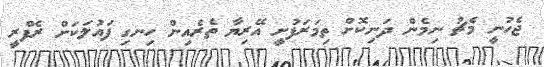
ޖެހުނީ މެޗު ނިމެން ދަނިކޮށް ތިމަރަފުށީ އޭރިޔާ ތެރެއިން ހިނގި ފައުލަކަށް ރެފްރީ